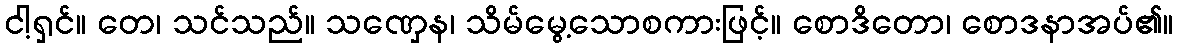
ငါ့ရှင်။ တေ၊ သင်သည်။ သဏှေန၊ သိမ်မွေ့သောစကားဖြင့်။ စောဒိတော၊ စောဒနာအပ်၏။